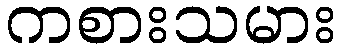
ကစားသမား